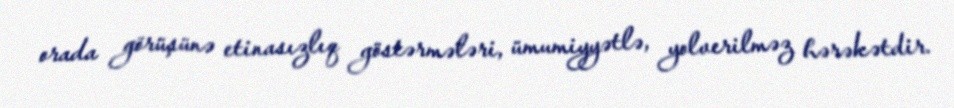
orada görüşünə etinasızlıq göstərmələri, ümumiyyətlə, yolverilməz hərəkətdir.